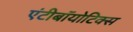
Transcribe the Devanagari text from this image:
एंटीबॉयोटिक्स